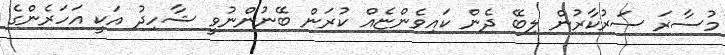
މުސާރަ ސަރުކާރުން ލިބޭ ދެން ކައިވެންޏެއް ކުރަން ބޭނުންނުވީ ޝާހިދު އަކީ އަހަރެންގެ